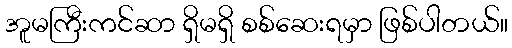
အူမကြီးကင်ဆာ ရှိမရှိ စစ်ဆေးရမှာ ဖြစ်ပါတယ်။